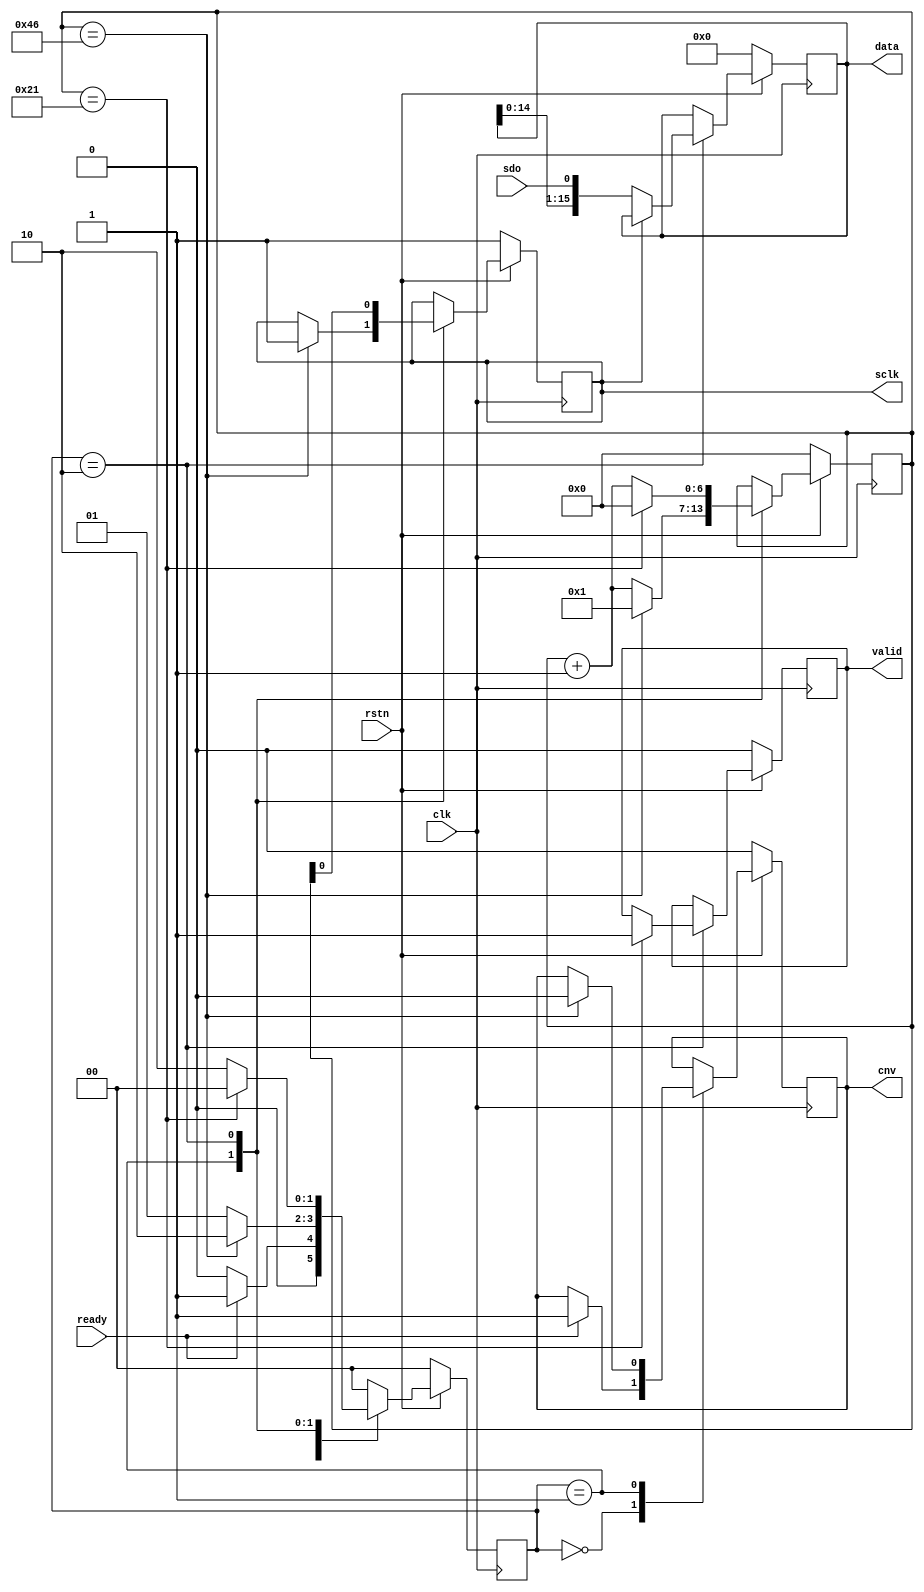
////////////////////////////////////////////////////////////////////////////////
// 
//  Copyright (c) 2018, Darryl Ring.
// 
//  This program is free software: you can redistribute it and/or modify it
//  under the terms of the GNU General Public License as published by the Free
//  Software Foundation, either version 3 of the License, or (at your option)
//  any later version.
//
//  This program is distributed in the hope that it will be useful, but WITHOUT
//  ANY WARRANTY; without even the implied warranty of MERCHANTABILITY or
//  FITNESS FOR A PARTICULAR PURPOSE. See the GNU General Public License for
//  more details.
//
//  You should have received a copy of the GNU General Public License along with
//  this program; if not, see <https://www.gnu.org/licenses/>.
//
//  Additional permission under GNU GPL version 3 section 7:
//  If you modify this program, or any covered work, by linking or combining it
//  with independent modules provided by the FPGA vendor only (this permission
//  does not extend to any 3rd party modules, "soft cores" or macros) under
//  different license terms solely for the purpose of generating binary
//  "bitstream" files and/or simulating the code, the copyright holders of this
//  program give you the right to distribute the covered work without those
//  independent modules as long as the source code for them is available from
//  the FPGA vendor free of charge, and there is no dependence on any encrypted
//  modules for simulating of the combined code. This permission applies to you
//  if the distributed code contains all the components and scripts required to
//  completely simulate it with at least one of the Free Software programs.
//
////////////////////////////////////////////////////////////////////////////////


`timescale 1ns / 1ps

module ad7980
(
    input  wire        clk,
    input  wire        rstn,
    
    output wire [15:0] data,
    output wire        valid,
    input  wire        ready,

    input  wire        sdo,
    output wire        cnv,
    output wire        sclk
);


localparam [1:0]
    STATE_IDLE    = 3'd0,
    STATE_CONVERT = 3'd1,
    STATE_READ    = 3'd2,
    STATE_WAIT    = 3'd3;

reg [1:0] state_reg, state_next;

reg [6:0] count_reg, count_next;

reg [15:0] data_reg, data_next;

reg valid_reg, valid_next;

reg cnv_reg, cnv_next;
reg sclk_reg, sclk_next;

assign valid = valid_reg;
assign data = data_reg;

assign cnv = cnv_reg;
assign sclk = sclk_reg;


always @* begin
    state_next = STATE_IDLE;
    
    cnv_next   = cnv_reg;
    sclk_next = sclk_reg;
    
    count_next = count_reg;
    data_next = data_reg;
    valid_next = valid_reg;
    
    case (state_reg)
        STATE_IDLE: begin
            
            if (ready) begin
                cnv_next = 1'b1;

                state_next = STATE_CONVERT;
            end
        end
        STATE_CONVERT: begin
            state_next = STATE_CONVERT;

            count_next = count_reg + 1;


            if (count_reg == 7'h46) begin
                cnv_next = 1'b0;

                sclk_next = 1'b1;
                count_next = 7'b1;
                state_next = STATE_READ;
            end

        end
        STATE_READ: begin
            state_next = STATE_READ;

            count_next = count_reg + 1;

            sclk_next = count_reg[0];

            if (sclk_reg == 1'b0) begin
                data_next = {data_reg[14:0], sdo};
            end

            if (count_reg == 7'h21) begin
                count_next = 7'b0;
                valid_next = 1'b1;
                state_next = STATE_IDLE;
            end
        end
    endcase
end

always @(posedge clk) begin
    if (~rstn) begin
        state_reg <= STATE_IDLE;
        
        data_reg <= 16'b0;
        valid_reg <= 1'b0;
        
        count_reg <= 7'b0;
        
        cnv_reg  <= 1'b0;
        sclk_reg <= 1'b1;
        
    end else begin
        state_reg <= state_next;
        
        data_reg <= data_next;
        valid_reg <= valid_next;

        count_reg <= count_next;
    
        cnv_reg  <= cnv_next;
        sclk_reg <= sclk_next;
    end
end


endmodule